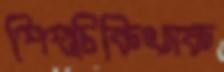
শিশুচিকিৎসক